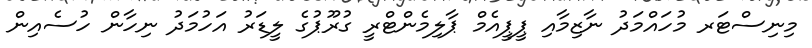
މިނިސްޓަރ މުހައްމަދު ނާޒިމާއި ޕީޕީއެމް ޕާލިމެންޓްރީ ގުރޫޕުގެ ލީޑަރު އަހުމަދު ނިހާން ހުސެއިން